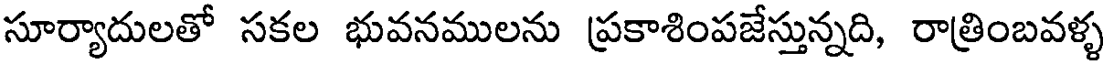
సూర్యాదులతో సకల భువనములను ప్రకాశింపజేస్తున్నది, రాత్రింబవళ్ళ